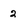
Character: 2